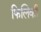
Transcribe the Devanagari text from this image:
फिलिकी